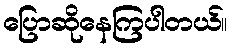
ပြောဆိုနေကြပါတယ်။